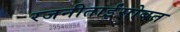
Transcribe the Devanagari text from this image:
रजनीताईंसोबत